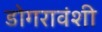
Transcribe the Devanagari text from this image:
डोगरावंशी